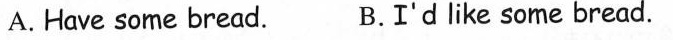
A. Have some bread. B.I'd like some bread.